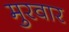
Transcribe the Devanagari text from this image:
मुरवार